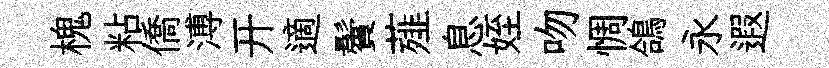
槐粘僑溥开適鬢薤息姪吻惆鴿永遐